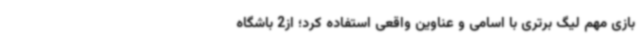
بازی مهم لیگ برتری با اسامی و عناوین واقعی استفاده کرد؛ از2 باشگاه